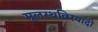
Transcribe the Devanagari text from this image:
मूलस्थविरवादी